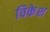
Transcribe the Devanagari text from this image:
विकेश